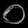
Digit: ၀